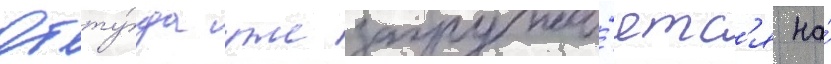
Отту́да уже загружа́етс'я на́